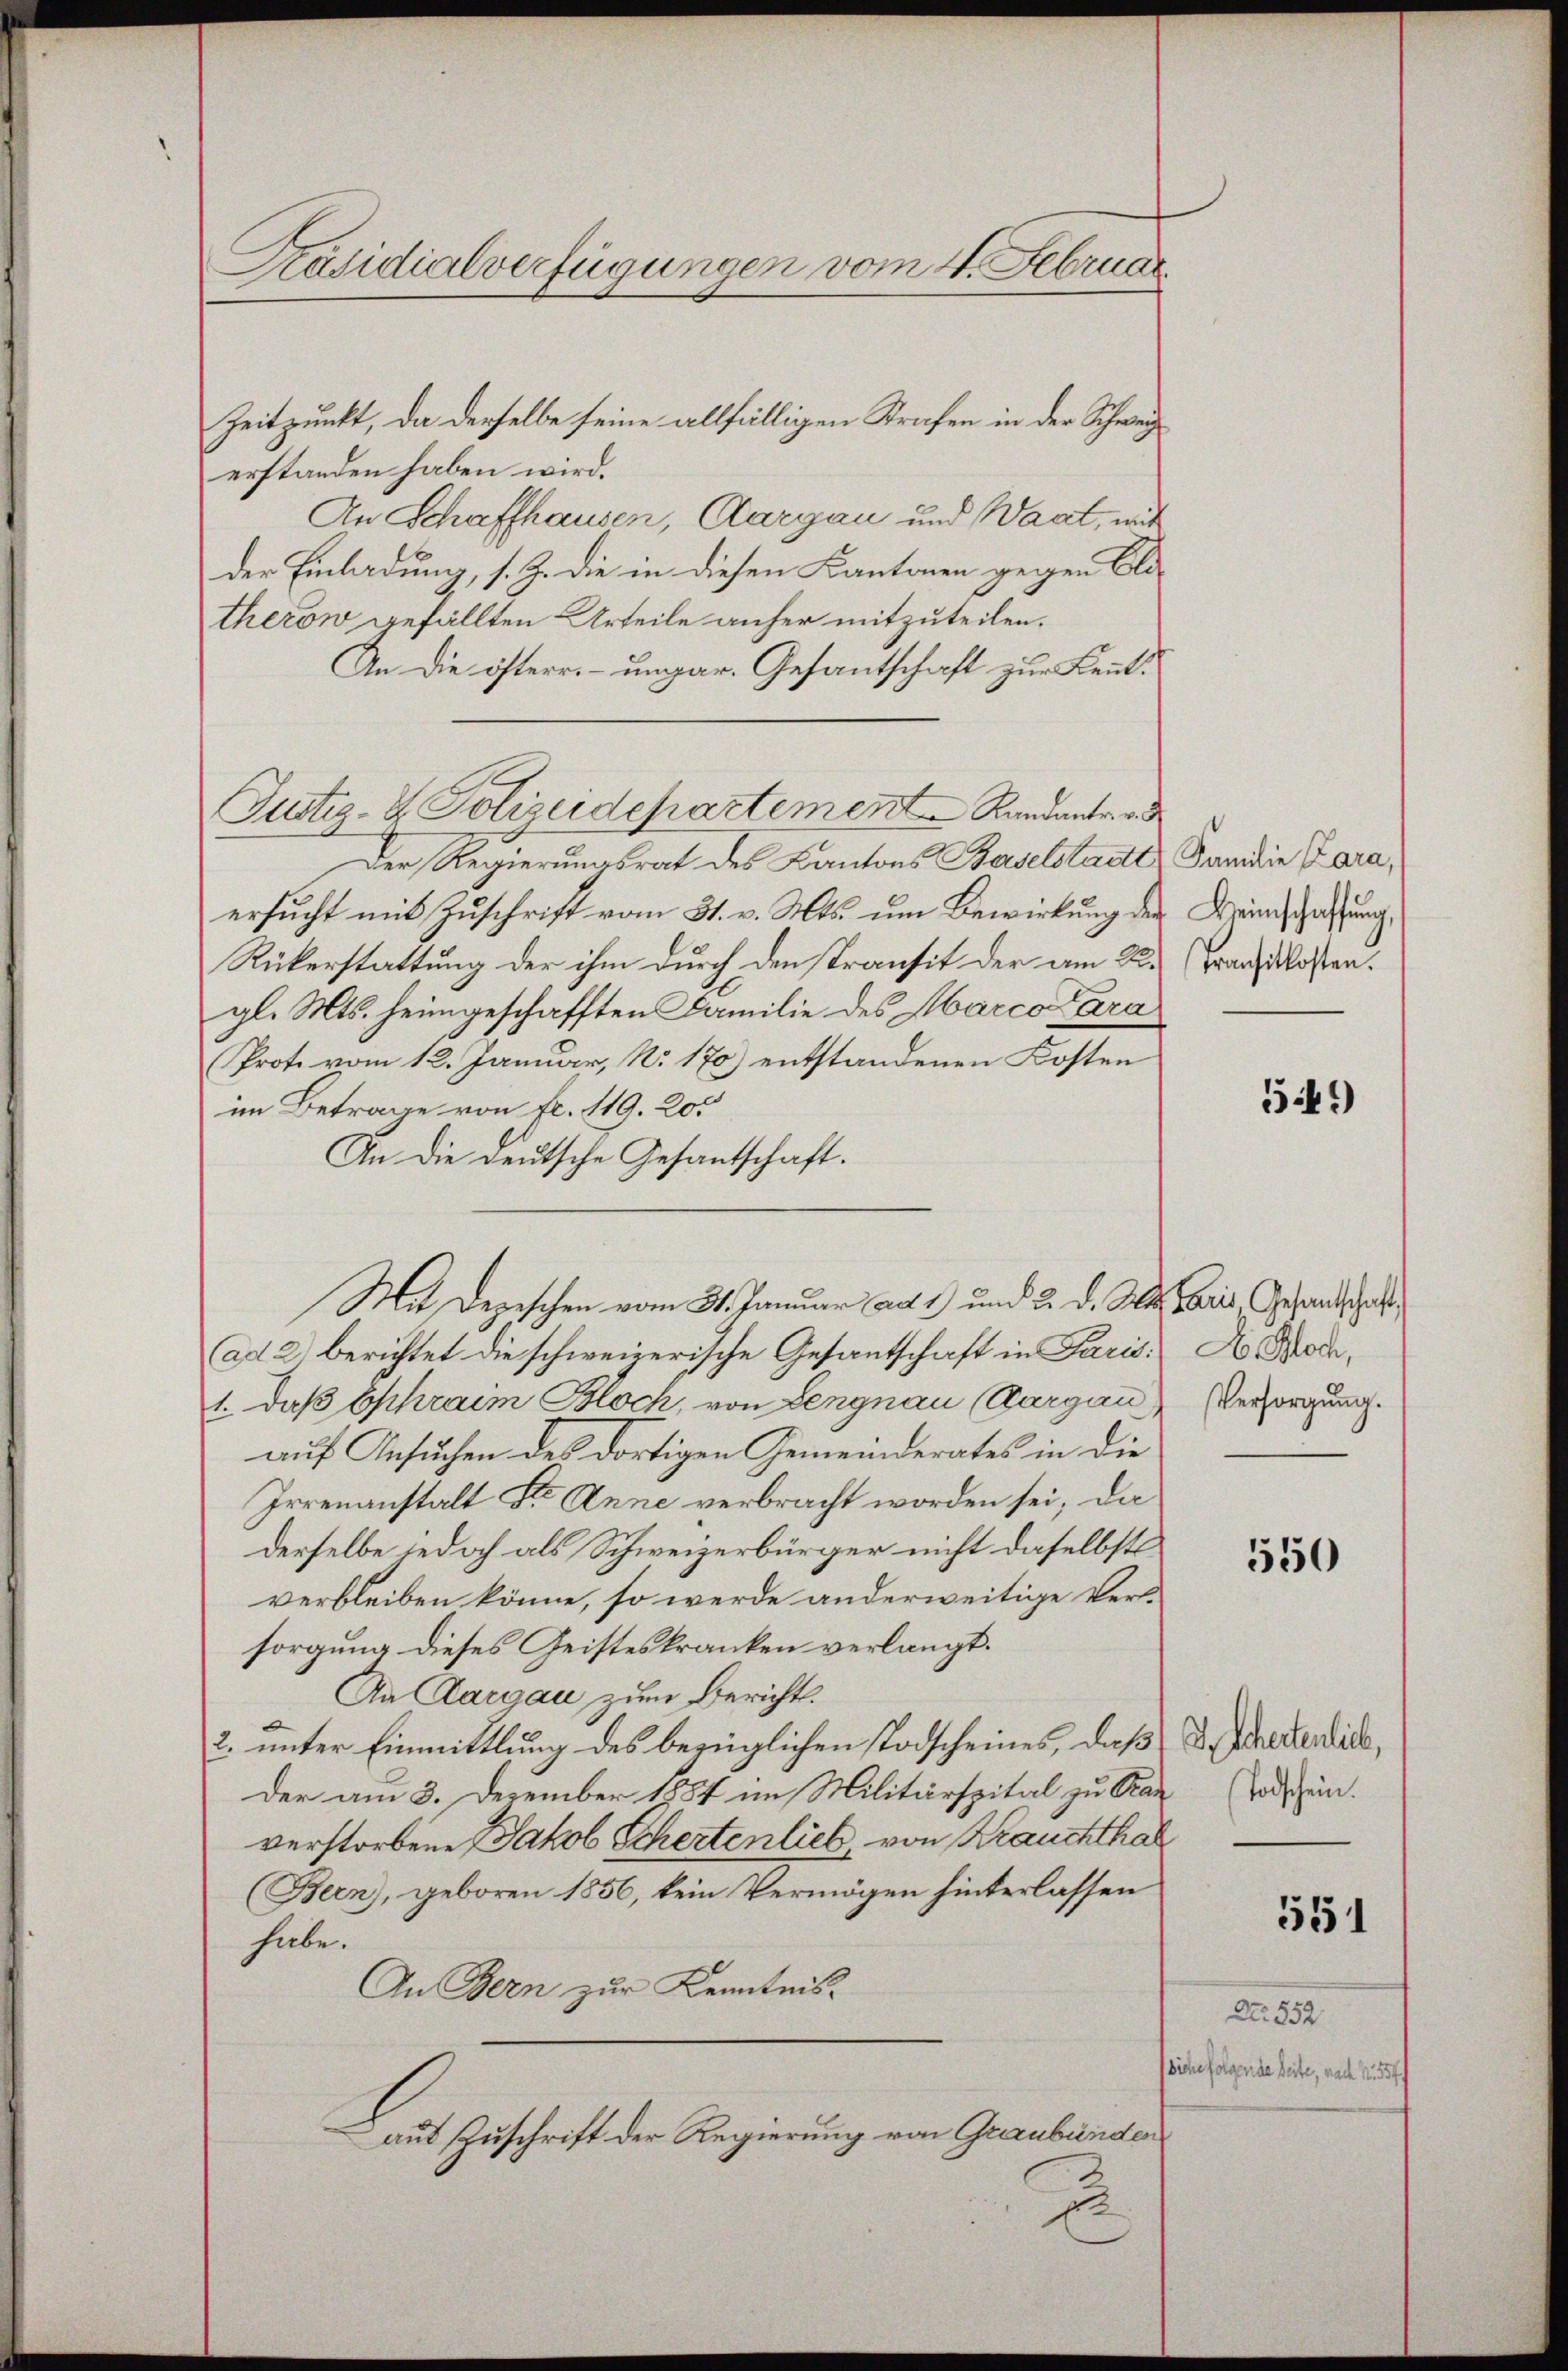
Präsidialverfügungen vom 4. Februar.

Zeitpunkt, da derselbe seine allfälligen Strafen in der Schweiz
erstanden haben wird.
An Schaffhausen, Aargau und Waat, mit
der Einladung, s. Z. die in diesen Kantonen gegen Clatherow gefällten Urteile anher mitzuteilen.
An die österr. ungar. Gesantschaft zur Kennt¬
Justiz- & Polizeidepartement Randantere d
Der Regierungsrat des Kantons Baselstadt Kandie Kara,
ersucht mit Zuschrift vom 31. v. Mts. um Bewirkung der Weinschaftung,
Rükerstattung der ihm durch den stransit der am 2.
gl. Mts. heimgeschafften Familie des Marca Para
Prote vom 12. Januar, No. 170) entstandenen Kosten
im Betrage von fr. 119. 205
An die deutsche Gesantschaft.
Mit Depeschen vom 31. Januar ad 1) und 2. d. Mts. Paris Gesandtschaft
ad 2) berichtet die schweizerische Gesantschaft in Paris. A. Brode,
1. daß Ephraim Bloch, von Lengnau (Aargau Versorgung.
auf Ansuchen des dortigen Gemeinderates in die
Irrenanstalt Dr. Anne verbracht worden sei, da
derselbe jedoch als Schweizerbürger nicht daselbst
verbleiben könne, so werde anderweitige Versorgung dieses Geisteskranken verlangt.
An Aargau zum Bericht.
2. unter Einmittlung des bezüglichen Todscheines, daß
Der am 3. December 1884 im Militärspital zu Par
verstorbene Jakob Schertenlich, von Krauchthal
(Bern, geboren 1856, kein Vermögen hinterlassen
habe.
An Bern zur Kenntnis.
aut Zuschrift der Regierung von Graubünden
u

(Transitkosten.

549)

550

D. Schertenlich,
Todschein.

551

Nr. 552.
befolgende Seite, nach Ru